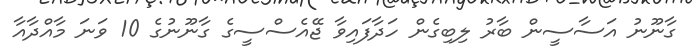
ގާނޫނު އަސާސީން ބާރު ލިބިގެން ހަދާފައިވާ ޖޭއެސްސީގެ ގާނޫނުގެ 10 ވަނަ މާއްދާއާ